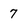
Character: 7